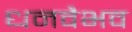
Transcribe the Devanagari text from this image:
धनवैभव